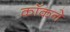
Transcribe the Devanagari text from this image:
कॉकने